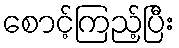
စောင့်ကြည့်ပြီး